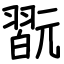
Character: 翫